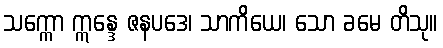
သက္ကော ဣန္ဒေ ဇနပဒေ၊ သာကိယေ၊ သော ခမေ တိသု။